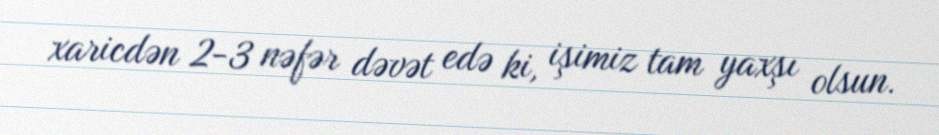
xaricdən 2-3 nəfər dəvət edə ki, işimiz tam yaxşı olsun.